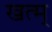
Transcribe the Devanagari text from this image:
खत्म्